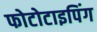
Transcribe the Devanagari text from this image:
फोटोटाइपिंग